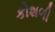
કોશળી